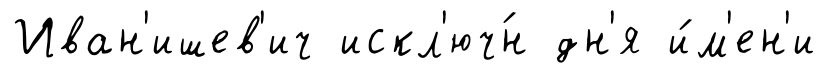
Иван'ишев'ич искл'юч́н дн'я и́м'ен'и